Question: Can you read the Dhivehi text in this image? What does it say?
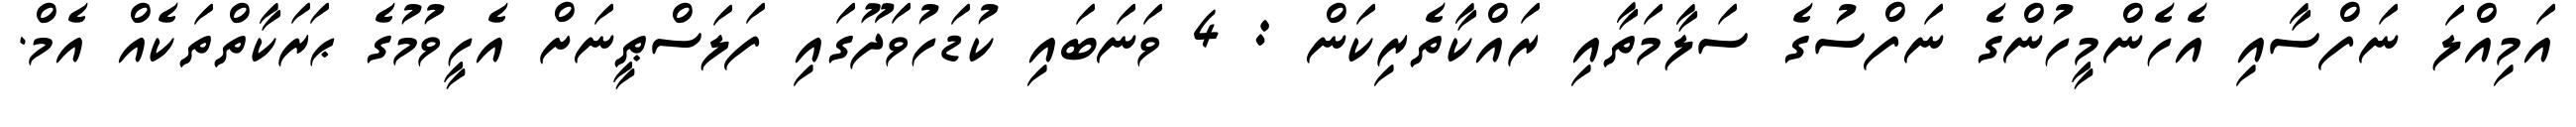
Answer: އަމިއްލަ ނަފްސާއި އެހެންމީހުންގެ ނަފްސުގެ ސަލާމަތާއި ރައްކާތެރިކަން : 4 ވަނަބައި ކުޑަހުވަދޫގައި ފަލަސްޠީނަށް އެހީވުމުގެ ޙަރަކާތްތަކެއް އެމް.